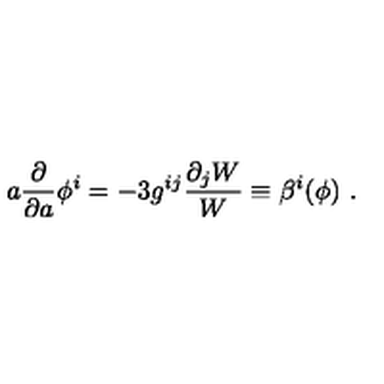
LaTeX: a { \frac { \partial } { \partial a } } \phi ^ { i } = - 3 g ^ { i j } { \frac { \partial _ { j } W } { W } } \equiv \beta ^ { i } ( \phi ) \ .